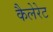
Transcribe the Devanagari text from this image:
कैलेरेट